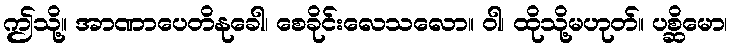
ဤသို့။ အာဏာပေတိနုခေါ၊ စေခိုင်းလေသလော။ ဝါ၊ ထိုသို့မဟုတ်။ ပစ္ဆိမော၊